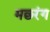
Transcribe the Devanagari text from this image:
मछरंग